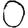
Digit: 0